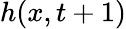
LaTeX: h(x,t+1)